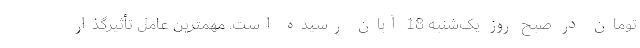
تومان در صبح روز یک‌شنبه 18 آبان رسیده است. مهمترین عامل تأثیرگذار